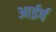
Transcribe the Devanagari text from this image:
आईर्ष